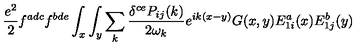
{ \frac { e ^ { 2 } } { 2 } } f ^ { a d c } f ^ { b d e } \int _ { x } \int _ { y } \sum _ { k } { \frac { \delta ^ { c e } P _ { i j } ( k ) } { 2 \omega _ { k } } } e ^ { i k ( x - y ) } G ( x , y ) E _ { 1 i } ^ { a } ( x ) E _ { 1 j } ^ { b } ( y )